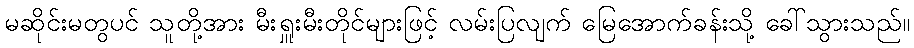
မဆိုင်းမတွပင် သူတို့အား မီးရှူးမီးတိုင်များဖြင့် လမ်းပြလျက် မြေအောက်ခန်းသို့ ခေါ်သွားသည်။